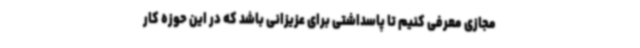
مجازی معرفی کنیم تا پاسداشتی برای عزیزانی باشد که در این حوزه کار